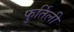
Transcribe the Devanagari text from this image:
फुर्तिली